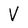
Character: V